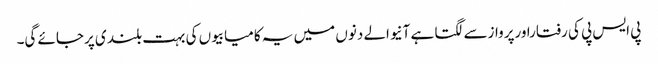
پی ایس پی کی رفتاراورپروازسے لگتا ہے آنیوالے دنوں میں یہ کامیابیوں کی بہت بلند ی پرجائے گی۔